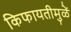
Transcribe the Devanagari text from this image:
किफायतीमुळें